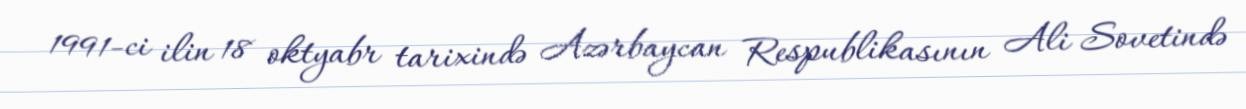
1991-ci ilin 18 oktyabr tarixində Azərbaycan Respublikasının Ali Sovetində